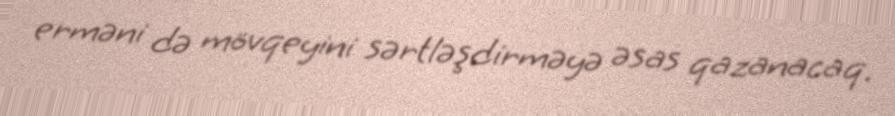
erməni də mövqeyini sərtləşdirməyə əsas qazanacaq.